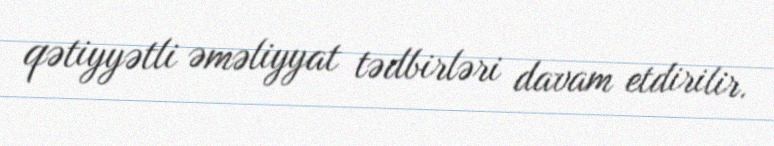
qətiyyətli əməliyyat tədbirləri davam etdirilir.